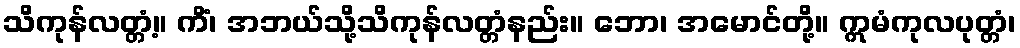
သိကုန်လတ္တံ့။ ကိံ၊ အဘယ်သို့သိကုန်လတ္တံနည်း။ ဘော၊ အမောင်တို့။ ဣမံကုလပုတ္တံ၊